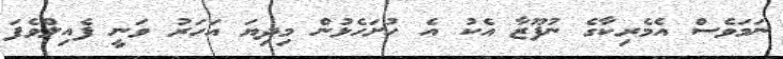
ނަމަވެސް އެމެރިކާގެ ނުފޫޒާ އެކު އެ ހުށަހެޅުން މިދިޔަ އަހަރު ވަނީ ފެއިލްވެފަ